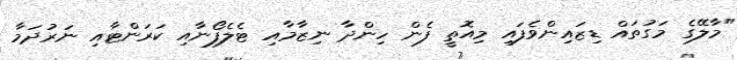
"މާލޭގެ މަގުތައް ޑިޒައިންވެފައި މިއޮތީ ފެން ހިންދާ ނިޒާމާއި ޓެލެފޯނާއި ކަރަންޓާއި ނަރުދަމާ